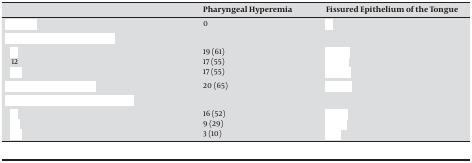
<table><thead><tr><td>[EMPTY_CELL]</td><td><b> Pharyngeal Hyperemia </b></td><td><b> Fissured Epithelium of the Tongue </b></td></tr></thead><tbody><tr><td>[EMPTY_CELL]</td><td>0</td><td>[EMPTY_CELL]</td></tr><tr><td>[EMPTY_CELL]</td><td>[EMPTY_CELL]</td><td>[EMPTY_CELL]</td></tr><tr><td>[EMPTY_CELL]</td><td>19 (61)</td><td>[EMPTY_CELL]</td></tr><tr><td>12</td><td>17 (55)</td><td>[EMPTY_CELL]</td></tr><tr><td>[EMPTY_CELL]</td><td>17 (55)</td><td>[EMPTY_CELL]</td></tr><tr><td>[EMPTY_CELL]</td><td>20 (65)</td><td>[EMPTY_CELL]</td></tr><tr><td>[EMPTY_CELL]</td><td>[EMPTY_CELL]</td><td>[EMPTY_CELL]</td></tr><tr><td>[EMPTY_CELL]</td><td>16 (52)</td><td>[EMPTY_CELL]</td></tr><tr><td>[EMPTY_CELL]</td><td>9 (29)</td><td>[EMPTY_CELL]</td></tr><tr><td>[EMPTY_CELL]</td><td>3 (10)</td><td>[EMPTY_CELL]</td></tr></tbody></table>